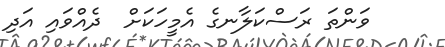
ވަންތަ ރަސްކަލާނގެ އެމީހަކަށް  ދެއްވައި އަދި